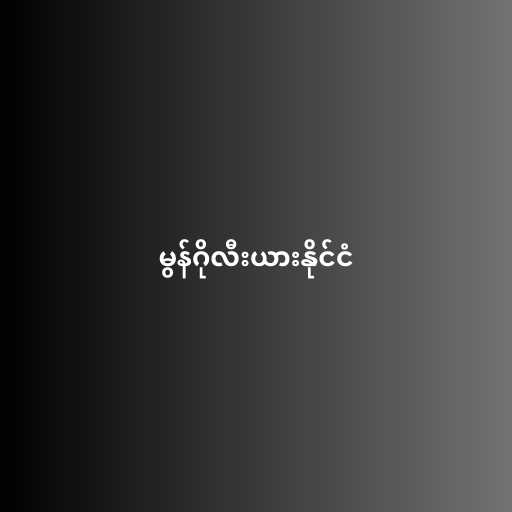
မွန်ဂိုလီးယားနိုင်ငံ